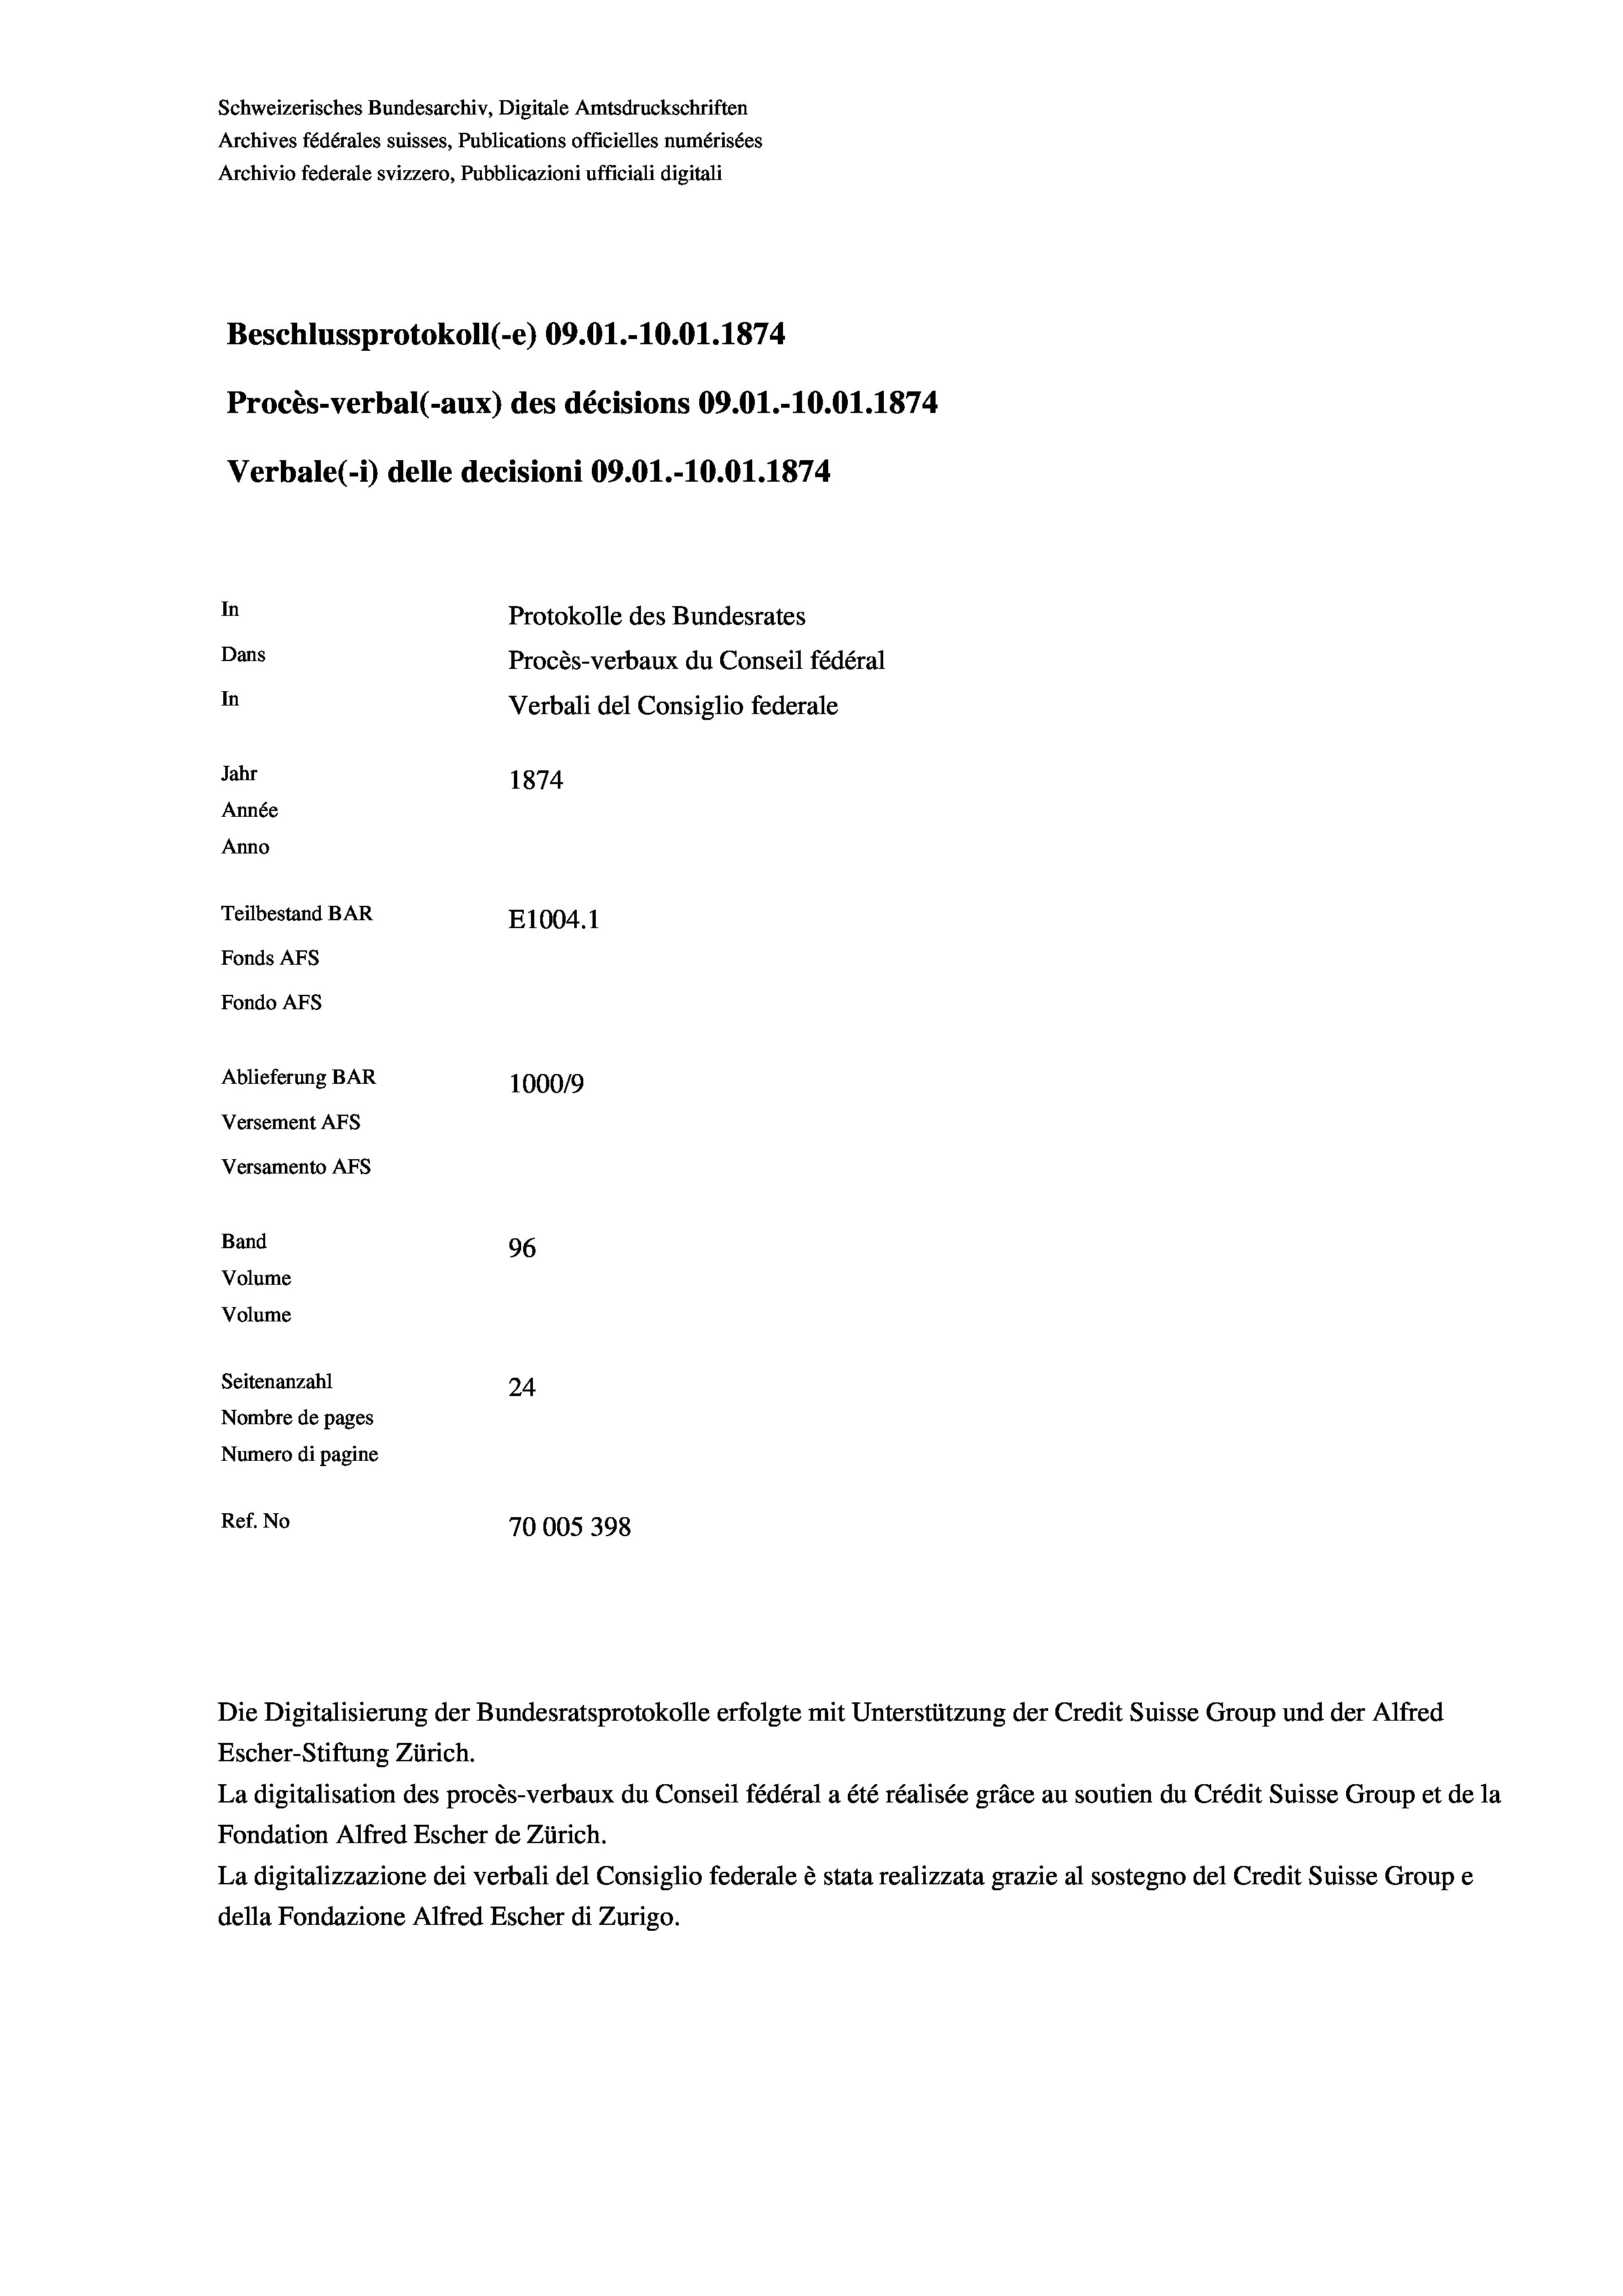
Schweizerisches Bundesarchiv, Digitale Amtsdruckschriften
Archives fédérales suisses, Publications officielles numérisées
Archivio federale svizzero, Pubblicazioni ufficiali digitali
Beschlussprotokoll (-e) 09.01.-10.01. 1874
Procès-verbal (-aux) des décisions 09.01.-10.01. 1874
Verbale(-*) delle decisioni 09.01.-10.01. 1874
In
Protokolle des Bundesrates
Dans
Procès-verbaux du Conseil fédéral
In
Verbali del Consiglio federale
Jahr
1874
Année
Anno
Teilbestand BAR
E1004. 1
Fonds AFs
Fondo Afs
Ablieferung BAR
100019
Versement AFs
Versamento AFs
Band
96
Volume
Volume
Seitenanzahl
24

Nombre de pages
Numero di pagine
Ref. No
70005398

La digitalisation des procès-verbaux du Conseil fédéral a été réalisée gräce au soutien du Crédit Suisse Group et de la
Fondation Alfred Escher de Zürich.
La digitalizzazione dei verbali del Consiglio federale è stata realizzata grazie al sostegno del Credit Suisse Groupe
della Fondazione Alfred Escher di Zurigo.

Die Digitalisierung der Bundesratsprotokolle erfolgte mit Unterstützung der Credit Suisse Group und der Alfred
Escher-Stiftung Zürich.